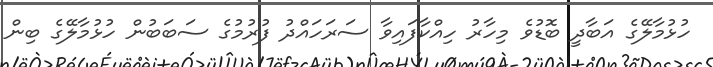
ހުޅުމާލޭގެ އަބާދީ ބޮޑުވެ މިހާރު ހިއްކާފައިވާ ސަރަހައްދު ފުރުމުގެ ސަބަބުން ހުޅުމާލޭގެ ބިން